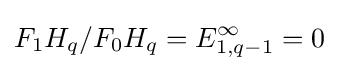
F_{1}H_{q}/F_{0}H_{q}=E_{1,q-1}^{\infty }=0